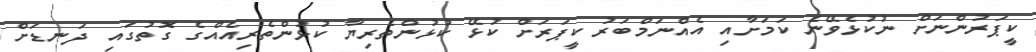
ކީޕަރުންނަށް ނުކުޅެވޭނެ ކަމަށާއި އެއްނަމްބަރު ކީޕަރަށް ކުޅޭ ކުޅުންތެރިޔާ ކުޅުންތެރިއެއްގެ ގޮތުގައި ދަނޑަށް